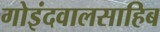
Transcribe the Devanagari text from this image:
गोइंदवालसाहिब